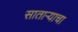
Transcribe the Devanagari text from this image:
साताऱ्याचा